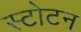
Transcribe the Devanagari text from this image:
स्टोटन